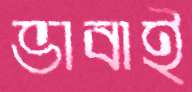
ভাবাই